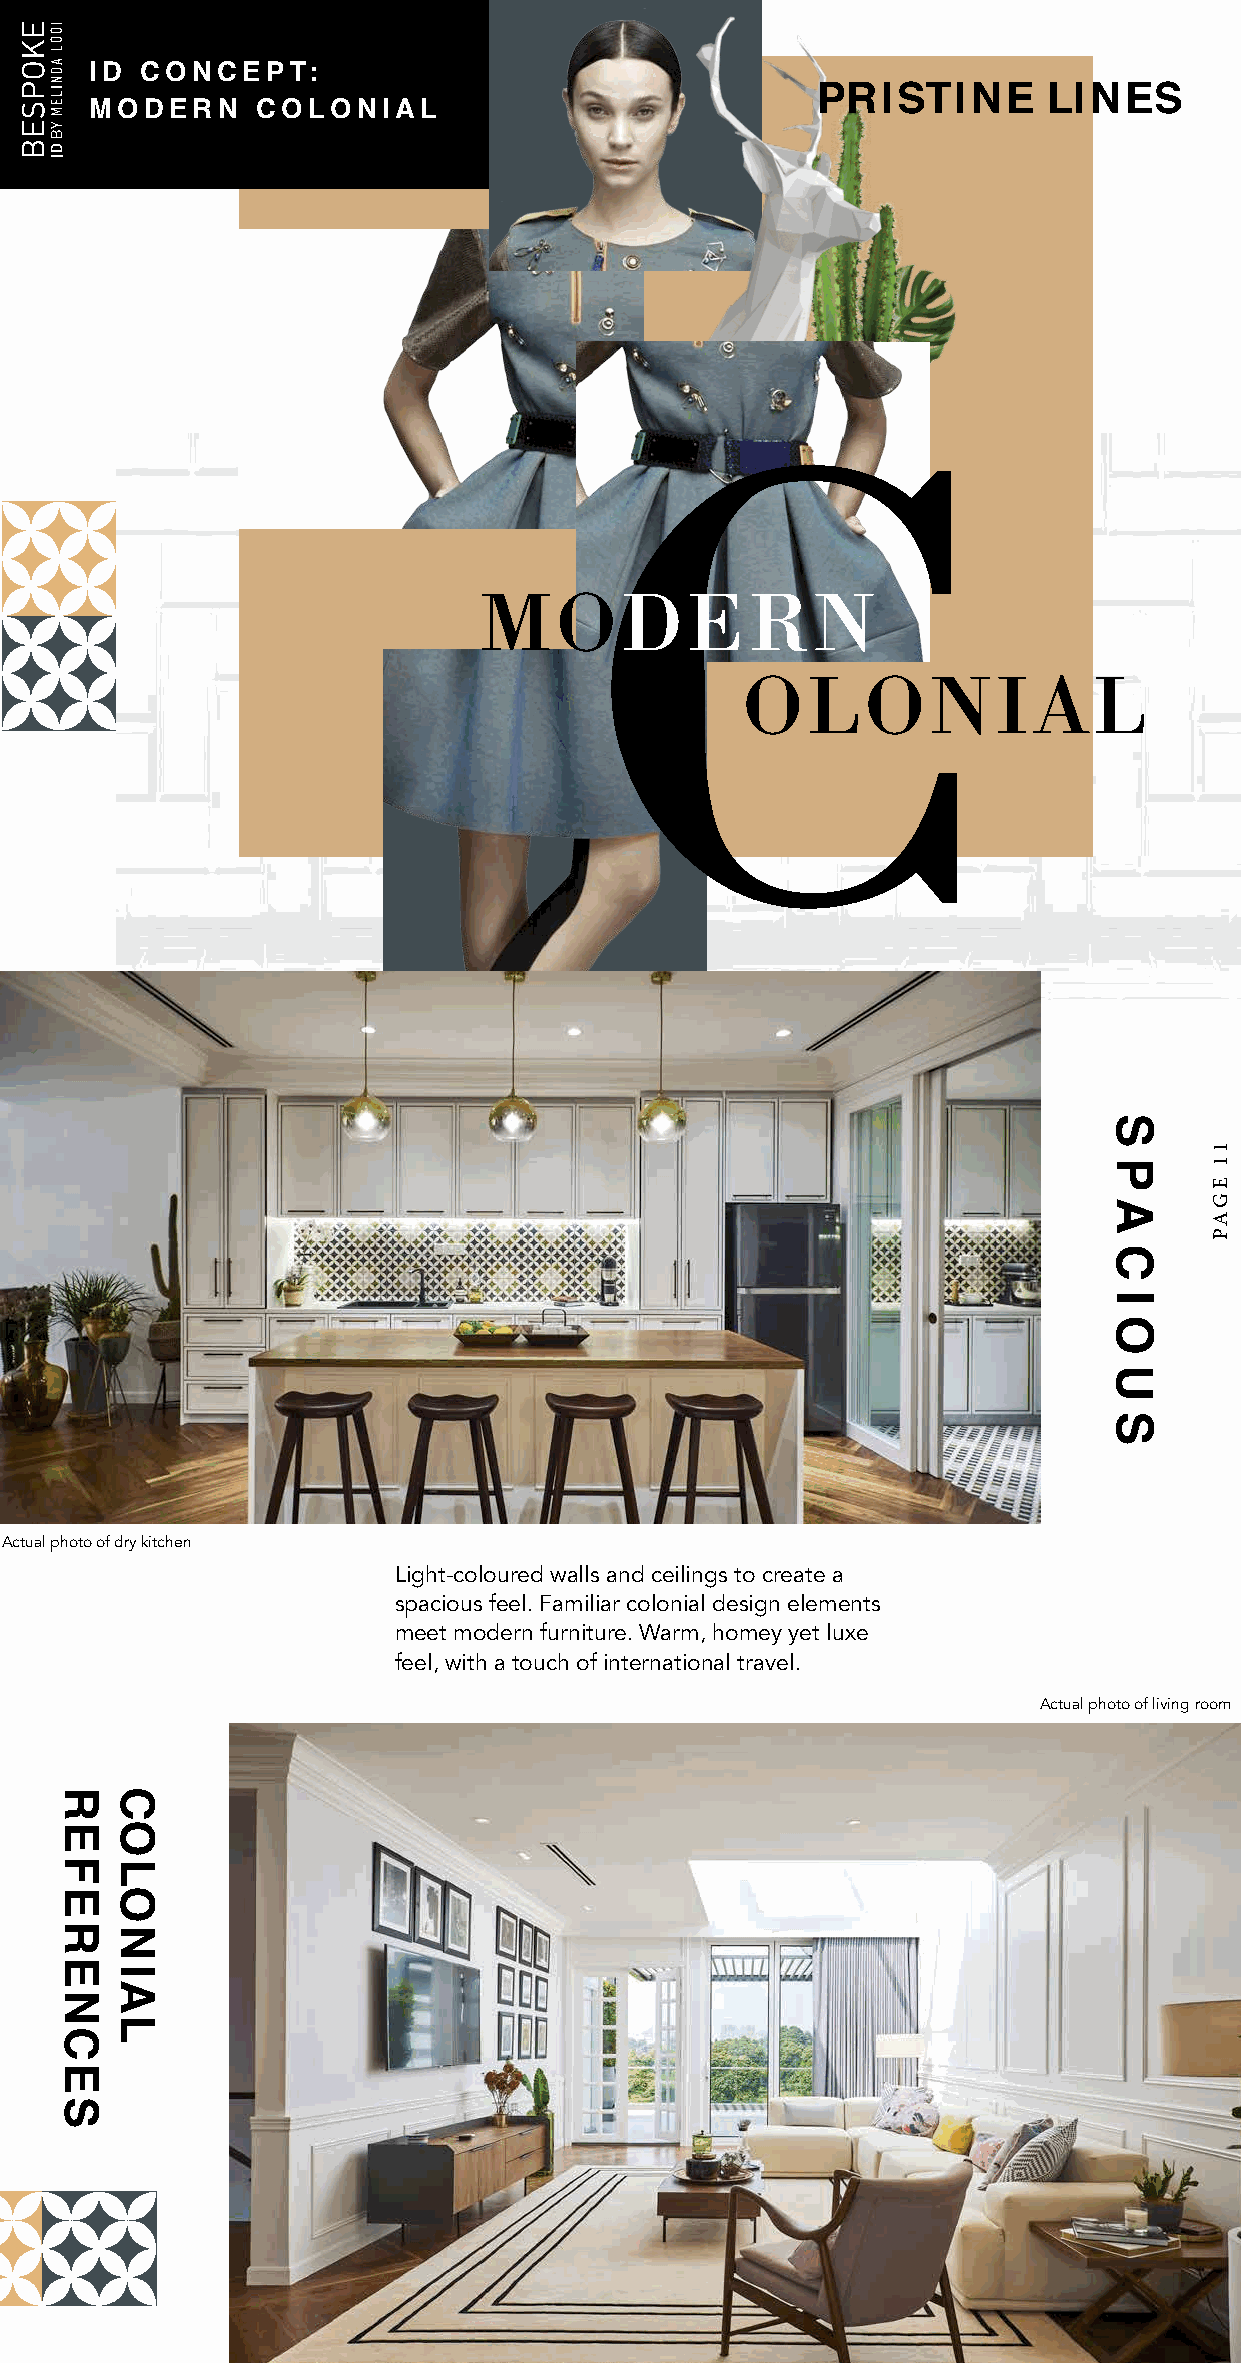
iD coNcept    :
 pristiNe       liNes
 MoDerN   coloNial
 C
 MODERN
 OLONIAL
 Actual photo of dry kitchen
 Light-coloured walls and ceilings to create a
 spacious feel. Familiar colonial design elements
 meet modern furniture. Warm, homey yet luxe
 feel, with a touch of international travel.
 Actual photo of living room
 refereNces coloNial
 s
 p
 a
 c
 i
 o
 u
 s
 11
 EGAP